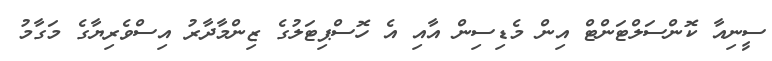
ސީނިއާ ކޮންސަލްޓަންޓް އިން މެޑިސިން އާއި އެ ހޮސްޕިޓަލުގެ ޒިންމާދާރު އިސްވެރިޔާގެ މަގާމު